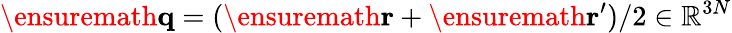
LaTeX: \ensuremath{\mathbf{q}}=(\ensuremath{\mathbf{r}}+\ensuremath{\mathbf{r}}^{\prime})/2\in\mathbb{R}^{3N}